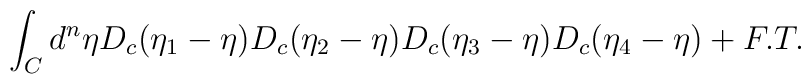
\int_Cd^n\eta D_c(\eta_1 - \eta)D_c(\eta_2 - \eta)D_c(\eta_3 - \eta)D_c(\eta_4 - \eta) + F. T.